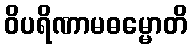
ဝိပရိဏာမဓမ္မောတိ